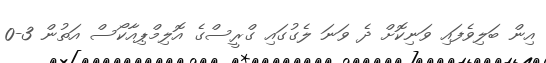
އިން ބަލިވެފައި ވަނިކޮށް ދެ ވަނަ ލެގުގައި ގްރީސްގެ އޮލިމްޕިއާކޯސް އަތުން 3-0